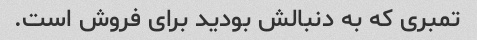
تمبری که به دنبالش بودید برای فروش است.